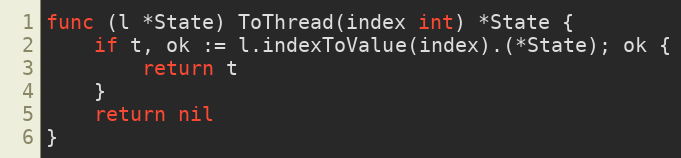
Language: Go
func (l *State) ToThread(index int) *State {
	if t, ok := l.indexToValue(index).(*State); ok {
		return t
	}
	return nil
}